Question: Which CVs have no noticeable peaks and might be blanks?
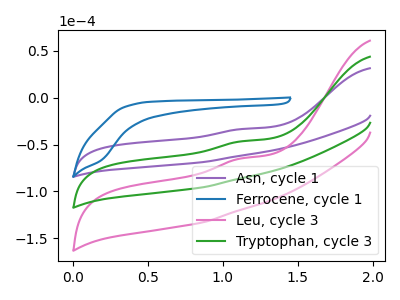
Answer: <think>The purple curve "Asn, cycle 1" has an anodic peak at: (1.15V, -33.35uA). The blue curve "Ferrocene, cycle 1" has no peaks. The pink curve "Leu, cycle 3" has an anodic peak at: (1.15V, -92.85uA). The green curve "Tryptophan, cycle 3" has an anodic peak at: (1.15V, -46.45uA).</think>
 <answer>"Ferrocene, cycle 1" is likely to be a blank.</answer>
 <eval>Ferrocene, cycle 1</eval>